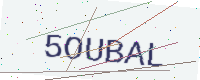
Text: 5OUBAL